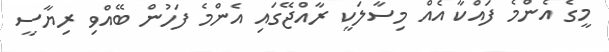
މީގެ އެންމެ ފައްކާ އެއް މިސާލަކީ ރާއްޖޭގައި އެންމެ ފަހުން ބޭއްވި ރިޔާސީ